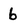
Character: b